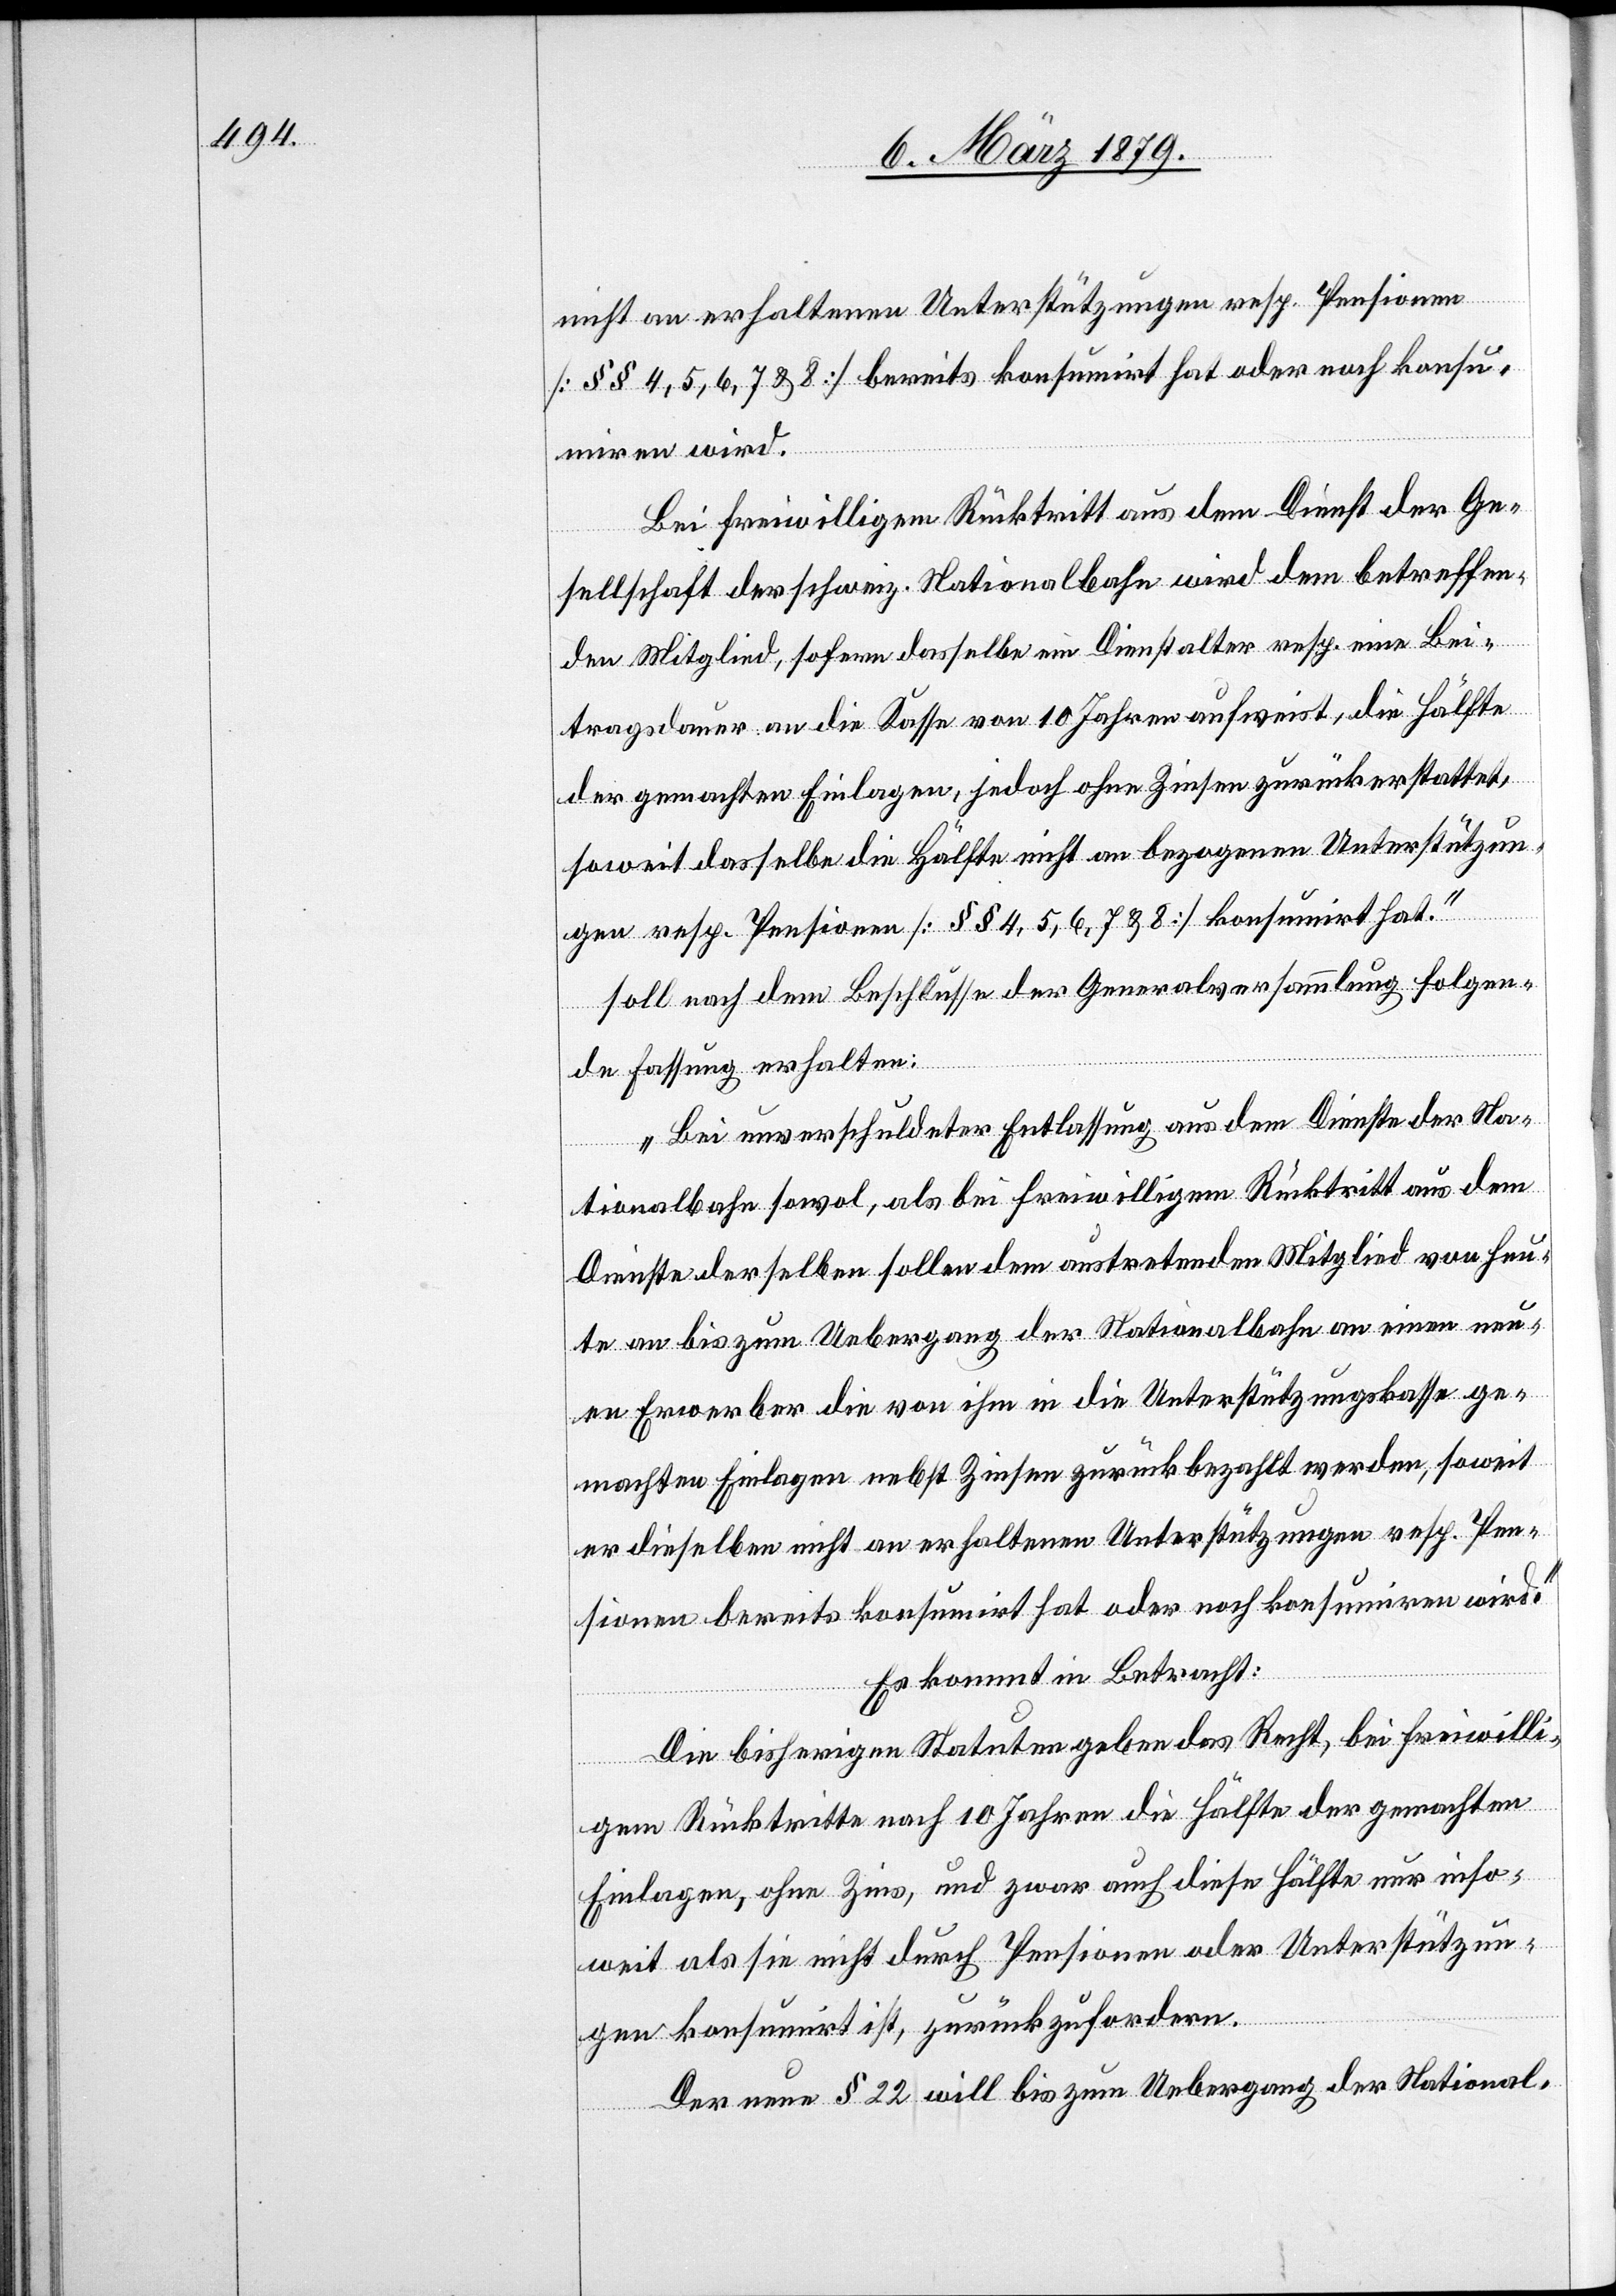
nicht an erhaltenen Unterstützungen resp. Pensionen
[§§ 4, 5, 6, 7 & 8] bereits konsumirt hat oder noch konsu¬
miren wird.
Bei freiwilligem Rücktritt aus dem Dienst der Ge¬
sellschaft der schweiz. Nationalbahn wird dem betreffen¬
den Mitglied, sofern dasselbe ein Dienstalter resp. eine Bei¬
tragsdauer an die Kasse von 10 Jahren aufweist, die Hälfte
der gemachten Einlagen, jedoch ohne Zinsen zurückerstattet,
soweit dasselbe die Hälfte nicht an bezogenen Unterstützun¬
gen resp. Pensionen [§§ 4, 5, 6, 7 & 8] konsumirt hat.“
soll nach dem Beschlusse der Generalversammlung folgen¬
de Fassung erhalten:
„Bei unverschuldeter Entlassung aus dem Dienste der schweiz.
Nationalbahn sowol, als bei freiwilligem Rücktritt aus dem
Dienste derselben sollen dem austretenden Mitglied von heu¬
te an bis zum Uebergang der Nationalbahn an einen neu¬
en Erwerber die von ihm in die Unterstützungskasse ge¬
machten Einlagen nebst Zinsen zurückbezahlt werden, soweit
er dieselben nicht an erhaltenen Unterstützungen resp. Pen¬
sionen bereits konsumirt hat oder noch konsumiren wird.“
Es kommt in Betracht:
Die bisherigen Statuten geben das Recht, bei freiwilli¬
gem Rücktritte nach 10 Jahren die Hälfte der gemachten
Einlagen, ohne Zins, und zwar auch diese Hälfte nur inso¬
weit als sie nicht durch Pensionen oder Unterstützun¬
gen konsumirt ist, zurückzufordern.
Der neue § 22 will bis zum Uebergang der National-